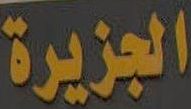
الجزيرة